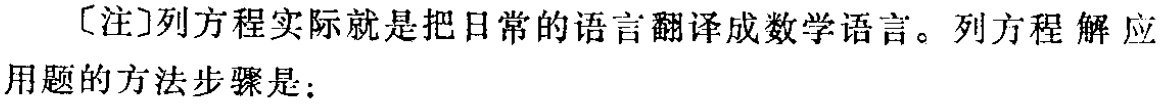
［注］列方程实际就是把日常的语言翻译成数学语言。列方程解应用题的方法步骤是：